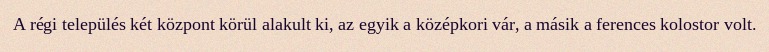
A régi település két központ körül alakult ki, az egyik a középkori vár, a másik a ferences kolostor volt.